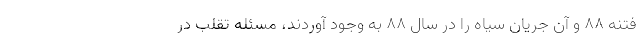
فتنه ۸۸ و آن جریان سیاه را در سال ۸۸ به وجود آوردند، مسئله تقلب در